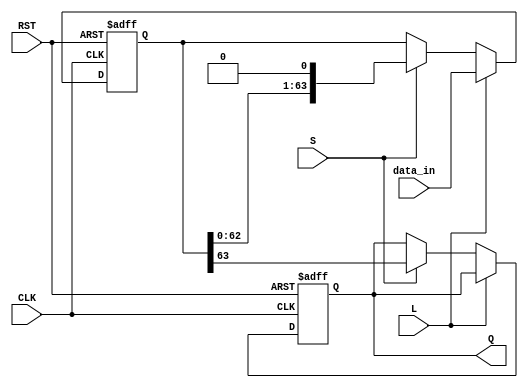
module PISO_Register (
    input wire [63:0] data_in,    // 64-bit input data bus
    input wire L,                  // Load control signal
    input wire S,                  // Shift control signal
    input wire CLK,                // Clock signal
    input wire RST,                // Asynchronous reset signal
    output reg Q                   // Serial output
);

    reg [63:0] shift_reg;          // 64-bit internal storage

    always @(posedge CLK or posedge RST) begin
        if (RST) begin
            shift_reg <= 64'b0;     // Clear internal storage on reset
            Q <= 1'b0;              // Set output to low on reset
        end else if (L) begin
            shift_reg <= data_in;   // Load data into internal storage
        end else if (S) begin
            Q <= shift_reg[63];      // Output MSB to Q
            shift_reg <= shift_reg << 1; // Shift left to prepare for next output
        end
    end
endmodule